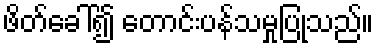
ဖိတ်ခေါ်၍ တောင်းပန်သမှုပြုသည်။